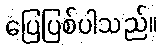
ပြေပြစ်ပါသည်။